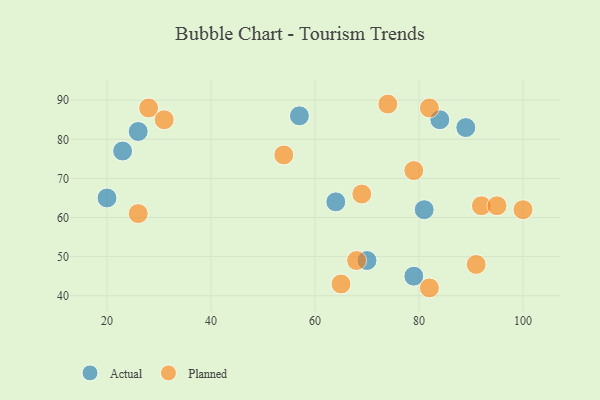
{"axis": {"x": "GDP", "y": "Life Expectancy"}, "legend": ["Actual", "Planned"], "data": [{"x": "64", "y": 64, "type": "Actual"}, {"x": "79", "y": 45, "type": "Actual"}, {"x": "20", "y": 65, "type": "Actual"}, {"x": "84", "y": 85, "type": "Actual"}, {"x": "57", "y": 86, "type": "Actual"}, {"x": "89", "y": 83, "type": "Actual"}, {"x": "23", "y": 77, "type": "Actual"}, {"x": "81", "y": 62, "type": "Actual"}, {"x": "70", "y": 49, "type": "Actual"}, {"x": "26", "y": 82, "type": "Actual"}, {"x": "92", "y": 63, "type": "Planned"}, {"x": "28", "y": 88, "type": "Planned"}, {"x": "82", "y": 42, "type": "Planned"}, {"x": "65", "y": 43, "type": "Planned"}, {"x": "100", "y": 62, "type": "Planned"}, {"x": "95", "y": 63, "type": "Planned"}, {"x": "26", "y": 61, "type": "Planned"}, {"x": "91", "y": 48, "type": "Planned"}, {"x": "74", "y": 89, "type": "Planned"}, {"x": "54", "y": 76, "type": "Planned"}, {"x": "82", "y": 88, "type": "Planned"}, {"x": "68", "y": 49, "type": "Planned"}, {"x": "69", "y": 66, "type": "Planned"}, {"x": "31", "y": 85, "type": "Planned"}, {"x": "79", "y": 72, "type": "Planned"}]}